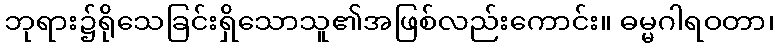
ဘုရား၌ရိုသေခြင်းရှိသောသူ၏အဖြစ်လည်းကောင်း။ ဓမ္မဂါရဝတာ၊